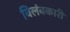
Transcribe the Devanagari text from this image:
विलंबकारी